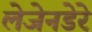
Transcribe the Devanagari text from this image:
लेजेनडेरे